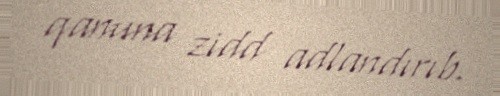
qanuna zidd adlandırıb.